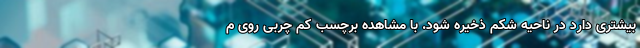
بیشتری دارد در ناحیه شکم ذخیره شود. با مشاهده برچسب کم چربی روی م